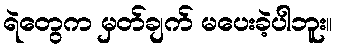
ရဲတွေက မှတ်ချက် မပေးခဲ့ပါဘူး။